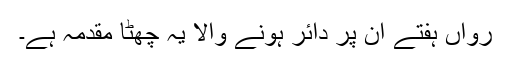
رواں ہفتے ان پر دائر ہونے والا یہ چھٹا مقدمہ ہے۔